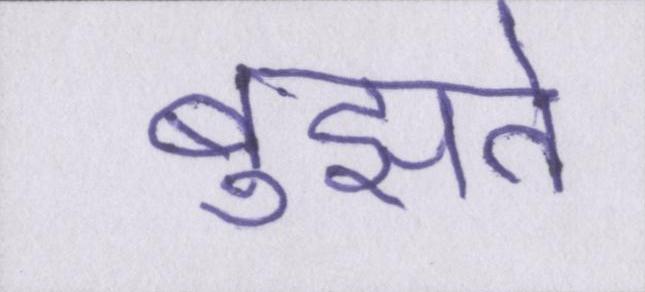
बुझते